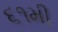
૬૧મી